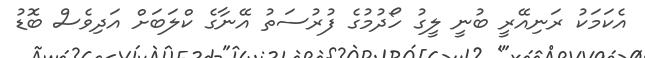
އެކަމަކު ރަނިއޭރީ ބުނީ ލީގު ހޯދުމުގެ ފުރުސަތު އޭނާގެ ކްލަބަށް އަދިވެސް ބޮޑު